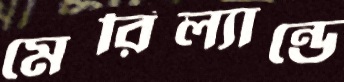
মেরিল্যান্ডে